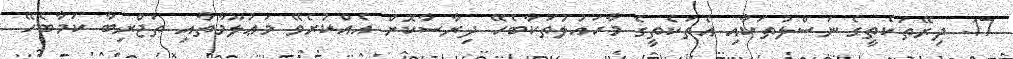
17. ދިރޭތަކެތީގެ ނަސްލުތަކާއި އެތަކެތީގެ މާހައުލުތަކާބެހޭ ދިރާސާކޮށް އެއްކުރެވޭ މަޢުލޫމާތާއި ތަޖްރިބާ ކަމާބެހޭ